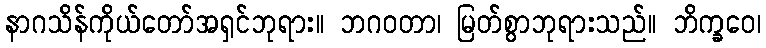
နာဂသိန်ကိုယ်တော်အရှင်ဘုရား။ ဘဂဝတာ၊ မြတ်စွာဘုရားသည်။ ဘိက္ခဝေ၊